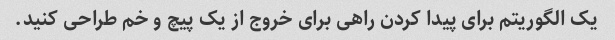
یک الگوریتم برای پیدا کردن راهی برای خروج از یک پیچ و خم طراحی کنید.